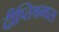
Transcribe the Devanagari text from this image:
दीप्तिश्रभास